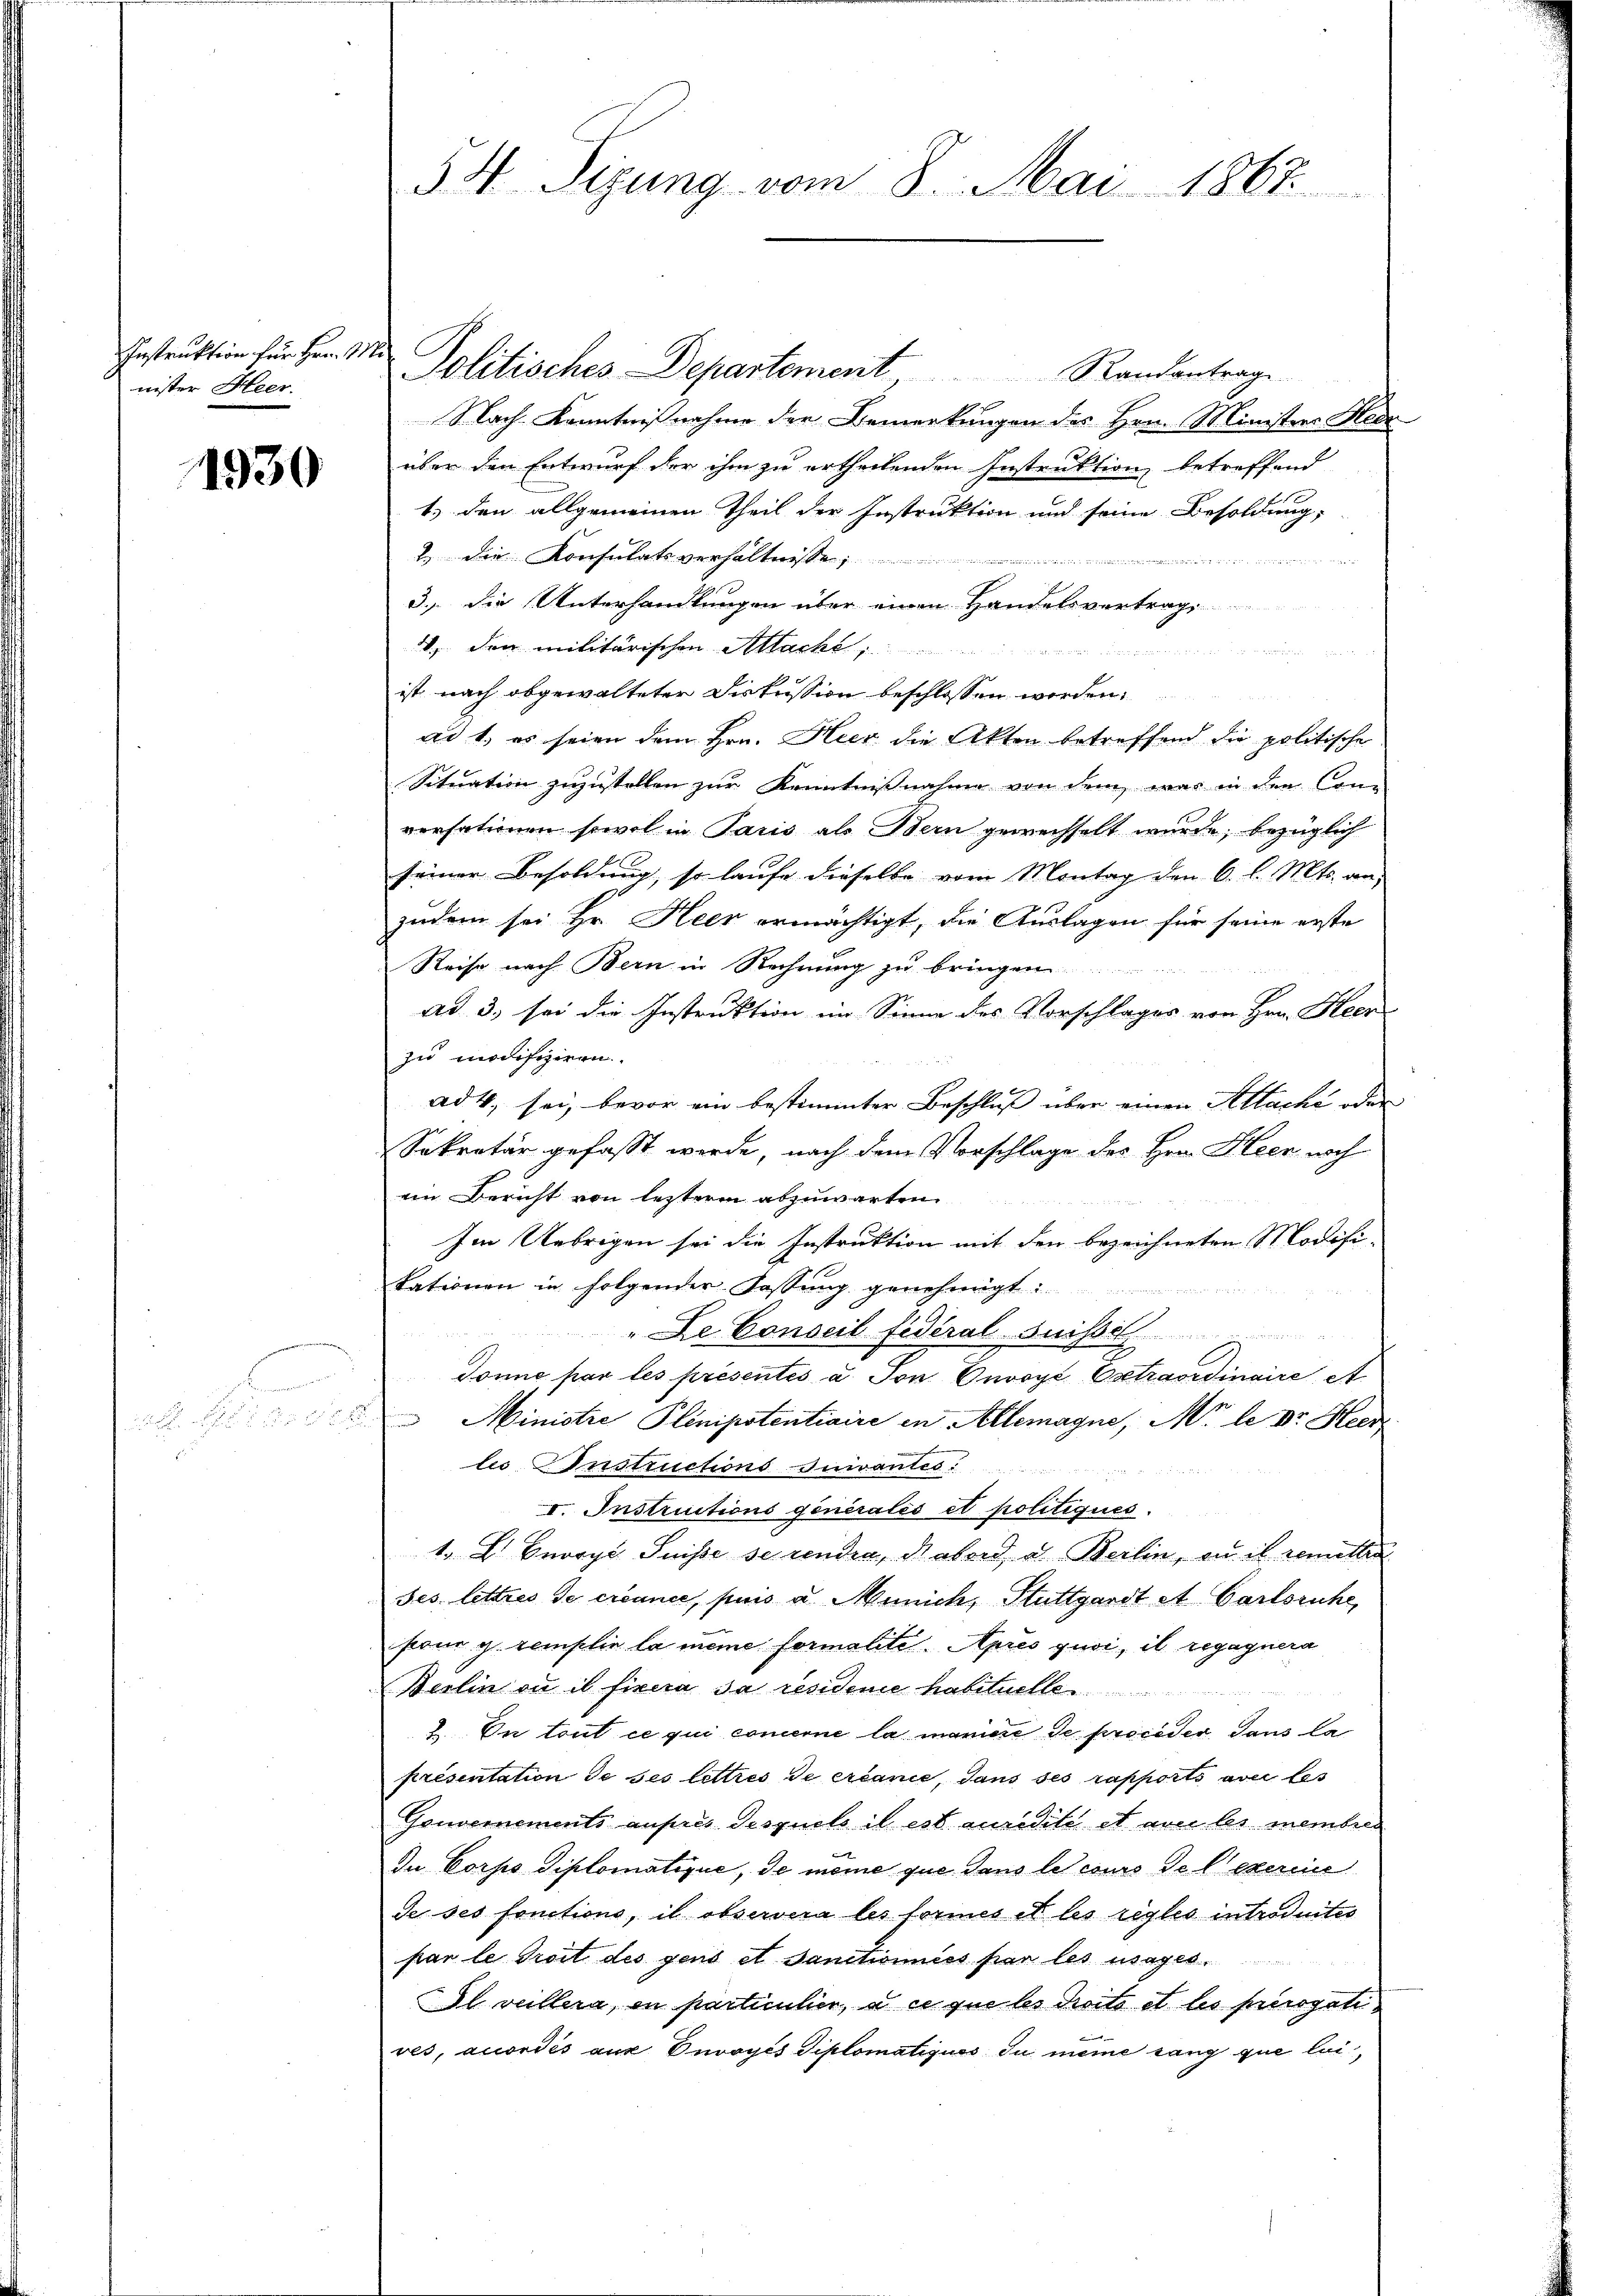
Instruktion für Hrn. Mi
nister Heer.

1930

34. Sizung vom 8. Mai 1867

Politisches Departement Randantrag
Nach Kenntnißnahme der Bemerkungen des Hrn. Ministers Hede
über den Entwurf der ihm zu ertheilenden Instruktion betreffend
1.) den allgemeinen Theil der Instruktion und seine Besoldung,
2.Die Konsulatsverhältnisse
3.) Die Unterhandlungen über einen Handelsvertrag
. Den militärischen Allacht
ist nach abgewalteter Diskussion beschlossen worden.
ad 1., es seien dem Hrn. Hier die Akten betreffend die politische
Situation zuzustellen zur Kenntnisnahme von dem was in den Con-
versationen sowol in Paris als Bern gewechselt wurde, bezüglich
seiner Besoldung, so laufe dieselbe vom Montag den 6. l. Mts. an,
zudem sei Hr. Heer ermächtigt, die Auslagen für seine erste
Reise nach Bern in Rechnung zu bringen.
ad 3., sei die Instruktion im Sinne des Vorschlages von Hrn. Heerzu modifiziren.
ad 4, sei, bevor ein bestimmter Beschluß über einen Allache oder
Sekretär gefasst werde, nach dem Vorschlage des Hrn. Heer noch
ein Bericht von letztere abzuwarten
Im Uebrigen sei die Instruktion mit den bezeichneten Modifikationen in folgender Fassung genehmigt:
"De Conseil fédéral Suissel
Donne par les présentés a. Von Envoyé Extraordinaire A
 Ministre Plinipstentiaire in Allemagne, M. le Dr. Heer
lie Instructions-Inivantes:
I. Instructions generales et politiques.
1. E. George Suisse se rendia, Habord a. Berlin, ou il remittir
Jes lettres de créance, puis u. Munich, Stuttgardt et Carlsruhe,
four g remplir la meine formalite. Après quoi, il regagnera
Berlin ou il fixera sa residene habituelle
2. In tout ce qui concerne la mariere de proceder, dans la
presentation de ses lettres de créance, dans ses rapporto avec les
Gruvernements aufres Gespiels il est auridité et aus les membrec
In Corps Diplomatique, de meine que dans les cours de l’exercie
de ses fonctions, il observera les formes et les règles introduites
par le Troit des gens et Sanctionnées par les usages¬
Il veillera, in particulier, à ce que les dirito et les prérogatives, accordés aus Onvoyés Diplomatiques du meine sang que lei¬